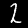
Label: 2